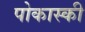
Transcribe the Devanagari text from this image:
पोकास्की